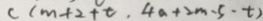
c ( m + 2 + t . 4 a + 2 m \cdot 5 \cdot t )